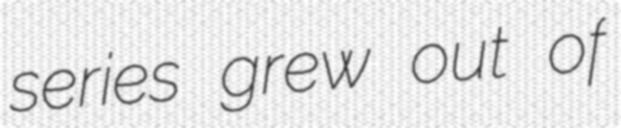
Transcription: series grew out of